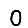
Digit: 0